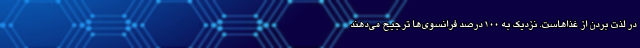
در لذت بردن از غذاهاست. نزدیک به ۱۰۰ درصد فرانسوی‌ها ترجیح می‌دهند